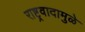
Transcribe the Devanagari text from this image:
राष्ट्रवादामुळे